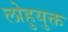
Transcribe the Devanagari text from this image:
लोहुयुक्त